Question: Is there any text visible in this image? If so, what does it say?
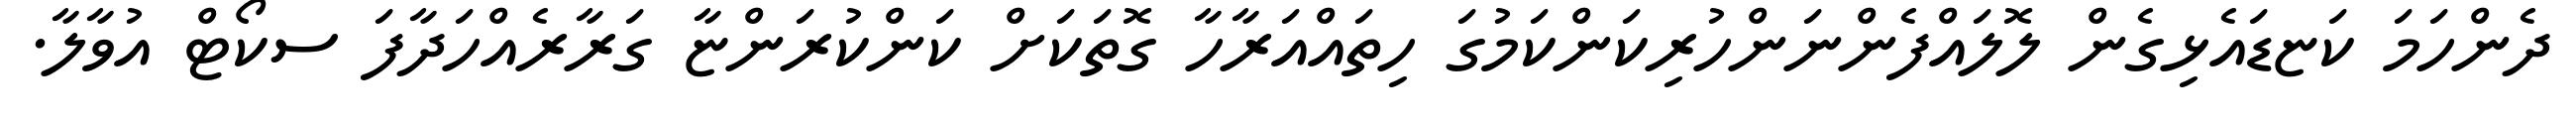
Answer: ދެންހަމަ ކަޏޑައެޅިގެން ލޮލައްފެންނަންހުރިކަންކަމުގަ ހިތައްއަރާހާ ގޮތަކަށް ކަންކުރަންޏާ ގަރާރެއްހަދާފަ ސކޯޓް އުވާލާ.